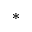
^ *